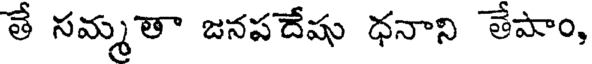
తే సమ్మతా జనపదేషు ధనాని తేపాం,